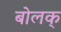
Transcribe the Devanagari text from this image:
बोलक्